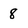
Character: 8